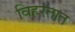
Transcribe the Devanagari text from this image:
विहरतात